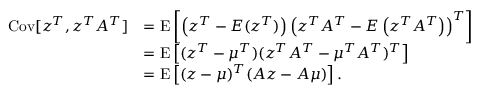
{ \begin{array} { r l } { \operatorname { C o v } [ z ^ { T } , z ^ { T } A ^ { T } ] } & { = \operatorname { E } \left[ \left( z ^ { T } - E ( z ^ { T } ) \right) \left( z ^ { T } A ^ { T } - E \left( z ^ { T } A ^ { T } \right) \right) ^ { T } \right] } \\ & { = \operatorname { E } \left[ ( z ^ { T } - \mu ^ { T } ) ( z ^ { T } A ^ { T } - \mu ^ { T } A ^ { T } ) ^ { T } \right] } \\ & { = \operatorname { E } \left[ ( z - \mu ) ^ { T } ( A z - A \mu ) \right] . } \end{array} }